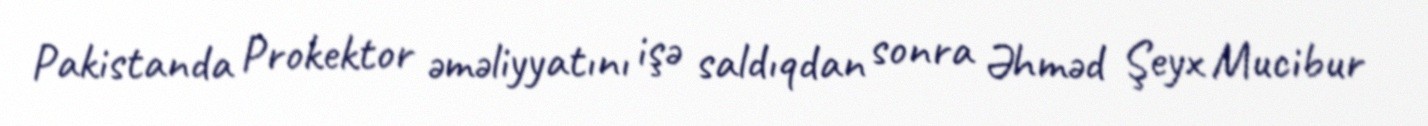
Pakistanda Prokektor əməliyyatını işə saldıqdan sonra Əhməd Şeyx Mucibur